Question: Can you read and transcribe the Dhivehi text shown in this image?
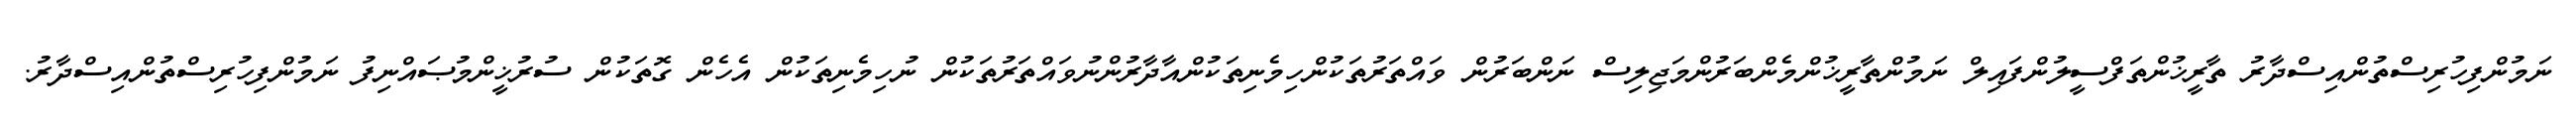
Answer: ނަމުންފިހުރިސްތުންއިސްދާރު ތާރީޚުންތަފްސީލުންފައިލް ނަމުންތާރީޚުންމެންބަރުންމަޖިލިސް ނަންބަރުން ވައްތަރުތަކުންހިމެނިތަކުންއާދާރުންނުވައްތަރުތަކުން ނުހިމެނިތަކުން އެހެން ގޮތަކުން ސުރުޚީންމުޞައްނިފު ނަމުންފިހުރިސްތުންއިސްދާރު.